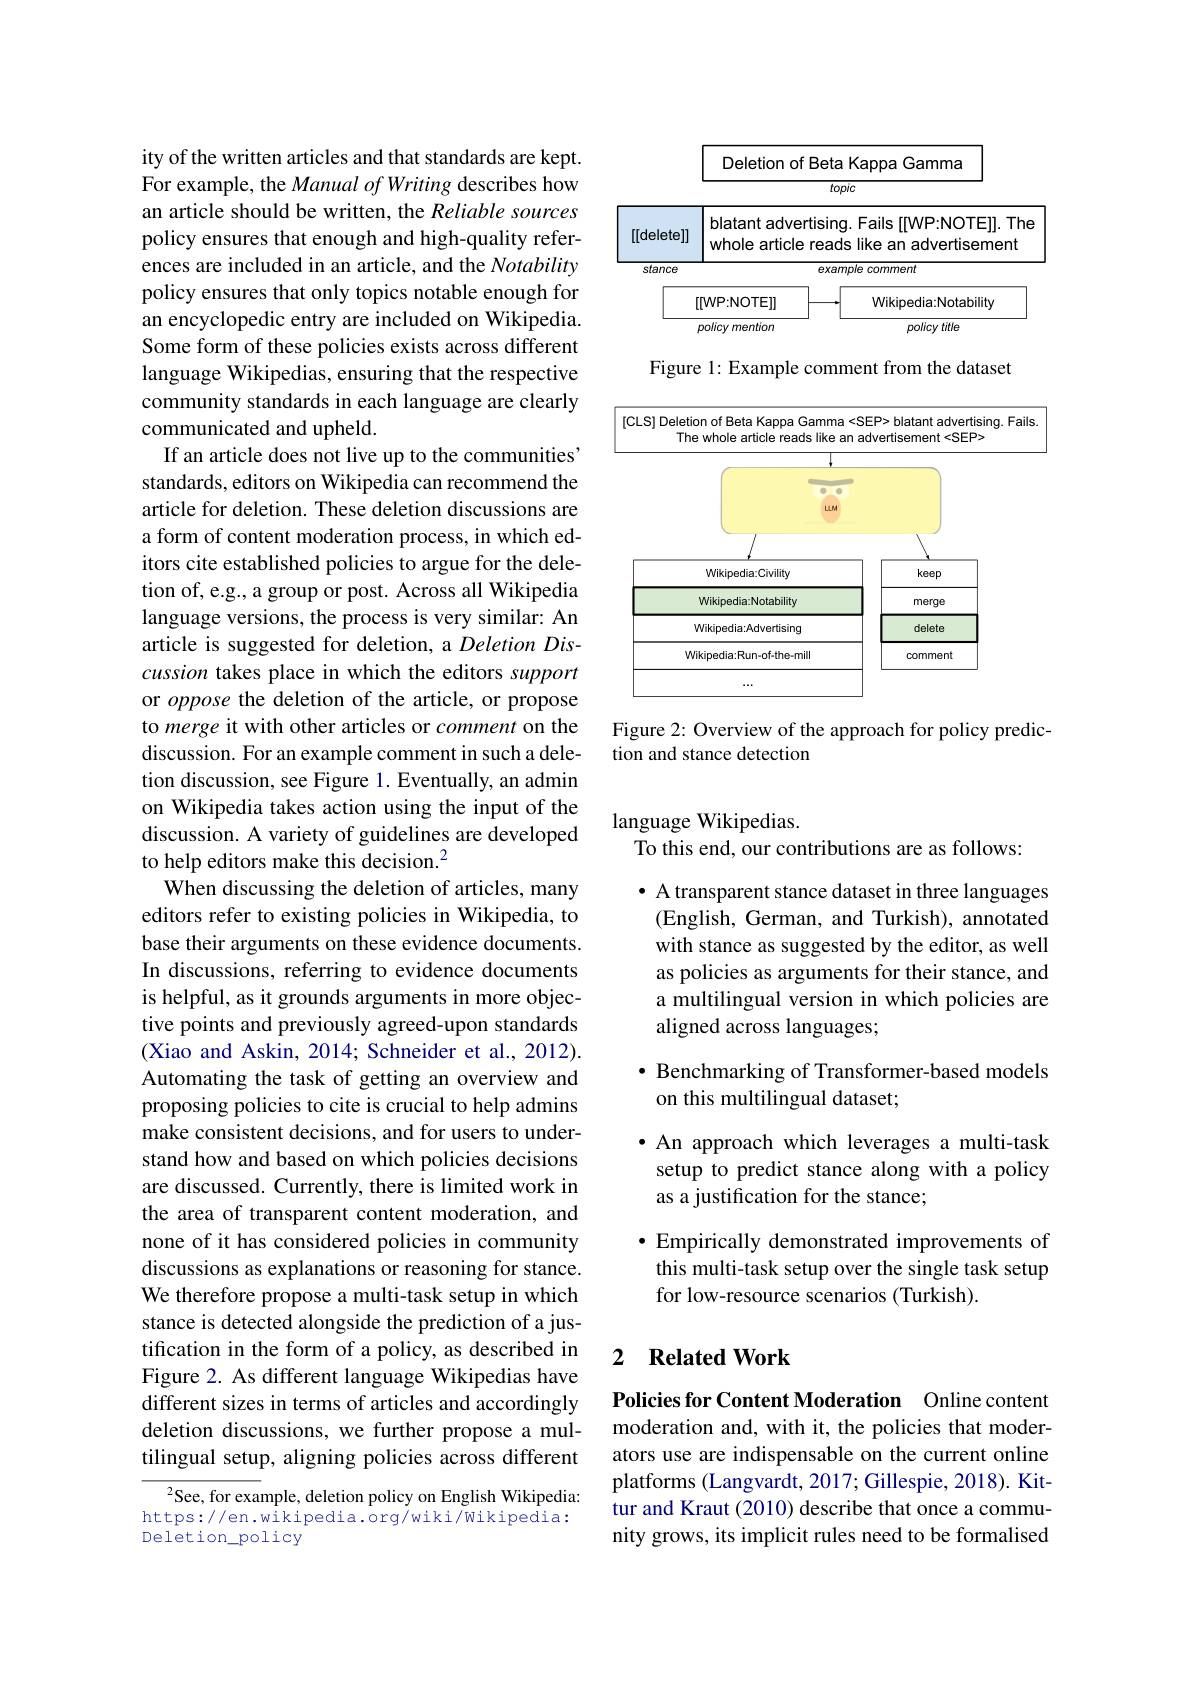
ity of the written articles and that standards are kept. For example, the Manual of Writing describes how an article should be written, the Reliable sources policy ensures that enough and high-quality references are included in an article, and the Notability policy ensures that only topics notable enough for an encyclopedic entry are included on Wikipedia. Some form of these policies exists across different language Wikipedias, ensuring that the respective community standards in each language are clearly communicated and upheld.
If an article does not live up to the communities' standards, editors on Wikipedia can recommend the article for deletion. These deletion discussions are a form of content moderation process, in which editors cite established policies to argue for the deletion of, e.g., a group or post. Across all Wikipedia language versions, the process is very similar: An article is suggested for deletion, a $Deletion\textit{Dis- }$ cussion takes place in which the editors support or oppose the deletion of the article, or propose to merge it with other articles or comment on the discussion. For an example comment in such a deletion discussion, see Figure 1. Eventually, an admin on Wikipedia takes action using the input of the discussion. A variety of guidelines are developed to help editors make this decision.$^{2}$
When discussing the deletion of articles, many editors refer to existing policies in Wikipedia, to base their arguments on these evidence documents. In discussions, referring to evidence documents is helpful, as it grounds arguments in more objective points and previously agreed-upon standards (Xiao and Askin, 2014; Schneider et al., 2012). Automating the task of getting an overview and proposing policies to cite is crucial to help admins make consistent decisions, and for users to understand how and based on which policies decisions are discussed. Currently, there is limited work in the area of transparent content moderation, and none of it has considered policies in community discussions as explanations or reasoning for stance. We therefore propose a multi-task setup in which stance is detected alongside the prediction of a justification in the form of a policy, as described in Figure 2. As different language Wikipedias have different sizes in terms of articles and accordingly deletion discussions, we further propose a multilingual setup, aligning policies across different $^{2}$See, for example, deletion policy on English Wikipedia:

https://en.wikipedia.org/wiki/Wikipedia:
Deletion\_policy

<FigureHere>

Figure 1: Example comment from the dataset

$[CLS]$ Deletion of Beta Kappa Gamma <SEP> blatant advertising. Fails
The whole article reads like an advertisement <SEP>

<FigureHere>

Figure 2: Overview of the approach for policy predic-
tion and stance detection

language Wikipedias.
To this end, our contributions are as follows:

· A transparent stance dataset in three languages (English, German, and Turkish), annotated with stance as suggested by the editor, as well as policies as arguments for their stance, and a multilingual version in which policies are aligned across languages;

$\bullet$ Benchmarking of Transformer-based models
## on this multilingual dataset;

·An approach which leverages a multi-task setup to predict stance along with a policy as a justification for the stance;

$•$ Empirically demonstrated improvements of this multi-task setup over the single task setup for low-resource scenarios (Turkish).

### 2 $\textbf{Related Work}$

Policies for Content Moderation Online content moderation and, with it, the policies that moderators use are indispensable on the current online platforms (Langvardt, 2017; Gillespie, 2018). Kittur and Kraut (2010) describe that once a community grows, its implicit rules need to be formalised